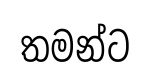
තමන්ට